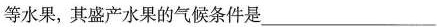
等水果，其盛产水果的气候条件是___